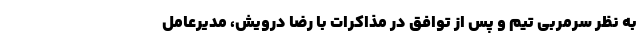
به نظر سرمربی تیم و پس از توافق در مذاکرات با رضا درویش، مدیرعامل